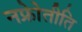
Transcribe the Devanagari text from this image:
नफ्रोेतीति